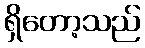
ရှိတော့သည်